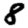
Digit: 8